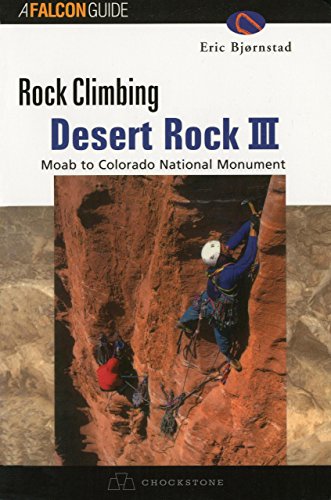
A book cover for Rock Climbing Desert Rock III: Moab To Colorado National Monument (Regional Rock Climbing Series); Eric Bjornstad; Sports & Outdoors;